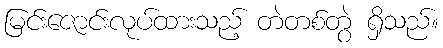
မြင်းဇောင်းလုပ်ထားသည့် တဲတစ်တွဲ ရှိသည်။